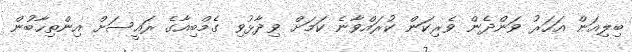
ބިލިއަން އަހަރު ވަންދެން ވެރިކަން ކުރައްވާނެ ކަމަށް ވިދާޅުވި ގެމްބިއާގެ ރައީސަށް އިންތިހާބުން